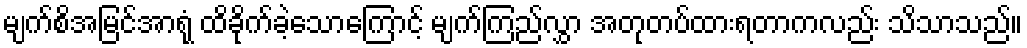
မျက်စိအမြင်အာရုံ ထိခိုက်ခဲ့သောကြောင့် မျက်ကြည်လွှာ အတုတပ်ထားရတာကလည်း သိသာသည်။